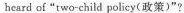
hcard o["two-child policy(政策)”?